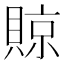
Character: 䝶